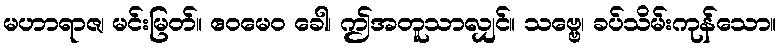
မဟာရာဇ၊ မင်းမြတ်။ ဧဝမေဝ ခေါ၊ ဤအတူသာလျှင်။ သဗ္ဗေ၊ ခပ်သိမ်းကုန်သော။